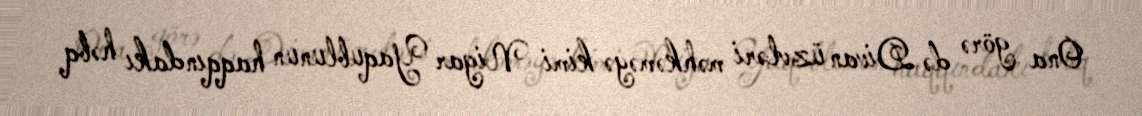
Ona görə də Divan üzvləri məhkəməyə kimi Nigar Yaqublunun haqqındakı həbq